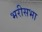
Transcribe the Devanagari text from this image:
भरीसभा